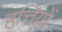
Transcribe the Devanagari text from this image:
हत्तियों